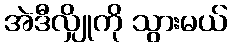
အဲဒီလျှိုကို သွားမယ်